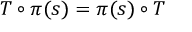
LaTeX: T \circ \pi ( s ) = \pi ( s ) \circ T